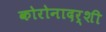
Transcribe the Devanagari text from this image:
कोरोनादर्शी